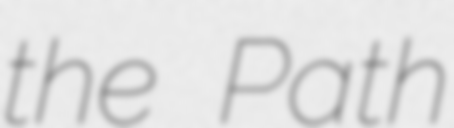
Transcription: the Path